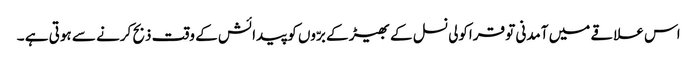
اس علاقے میں آمدنی تو قراکولی نسل کے بھیڑ کے برّوں کو پیدائش کے وقت ذبح کرنے سے ہوتی ہے ۔